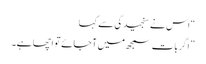
“ اس نے سنجیدگی سے کہا
”اگر بات سمجھ میں آجائے تو اچھا ہے۔